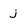
Character: j